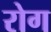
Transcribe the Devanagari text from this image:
रोग